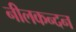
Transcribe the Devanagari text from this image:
नीलकन्दन